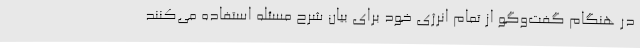
در هنگام گفت‌وگو از تمام انرژی خود برای بیان شرح مسئله استفاده می‌کنند